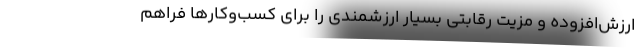
ارزش‌‌افزوده‌ و مزیت رقابتی بسیار ارزشمندی را برای کسب‌وکارها فراهم